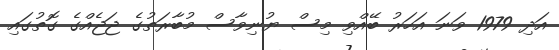
އަދި 1979 ވަނަ އަހަރު ބޭއްވި މިސް ޔުނިވާސް މުބާރަތުގެ ޖަޖެއްގެ ގޮތުގައި